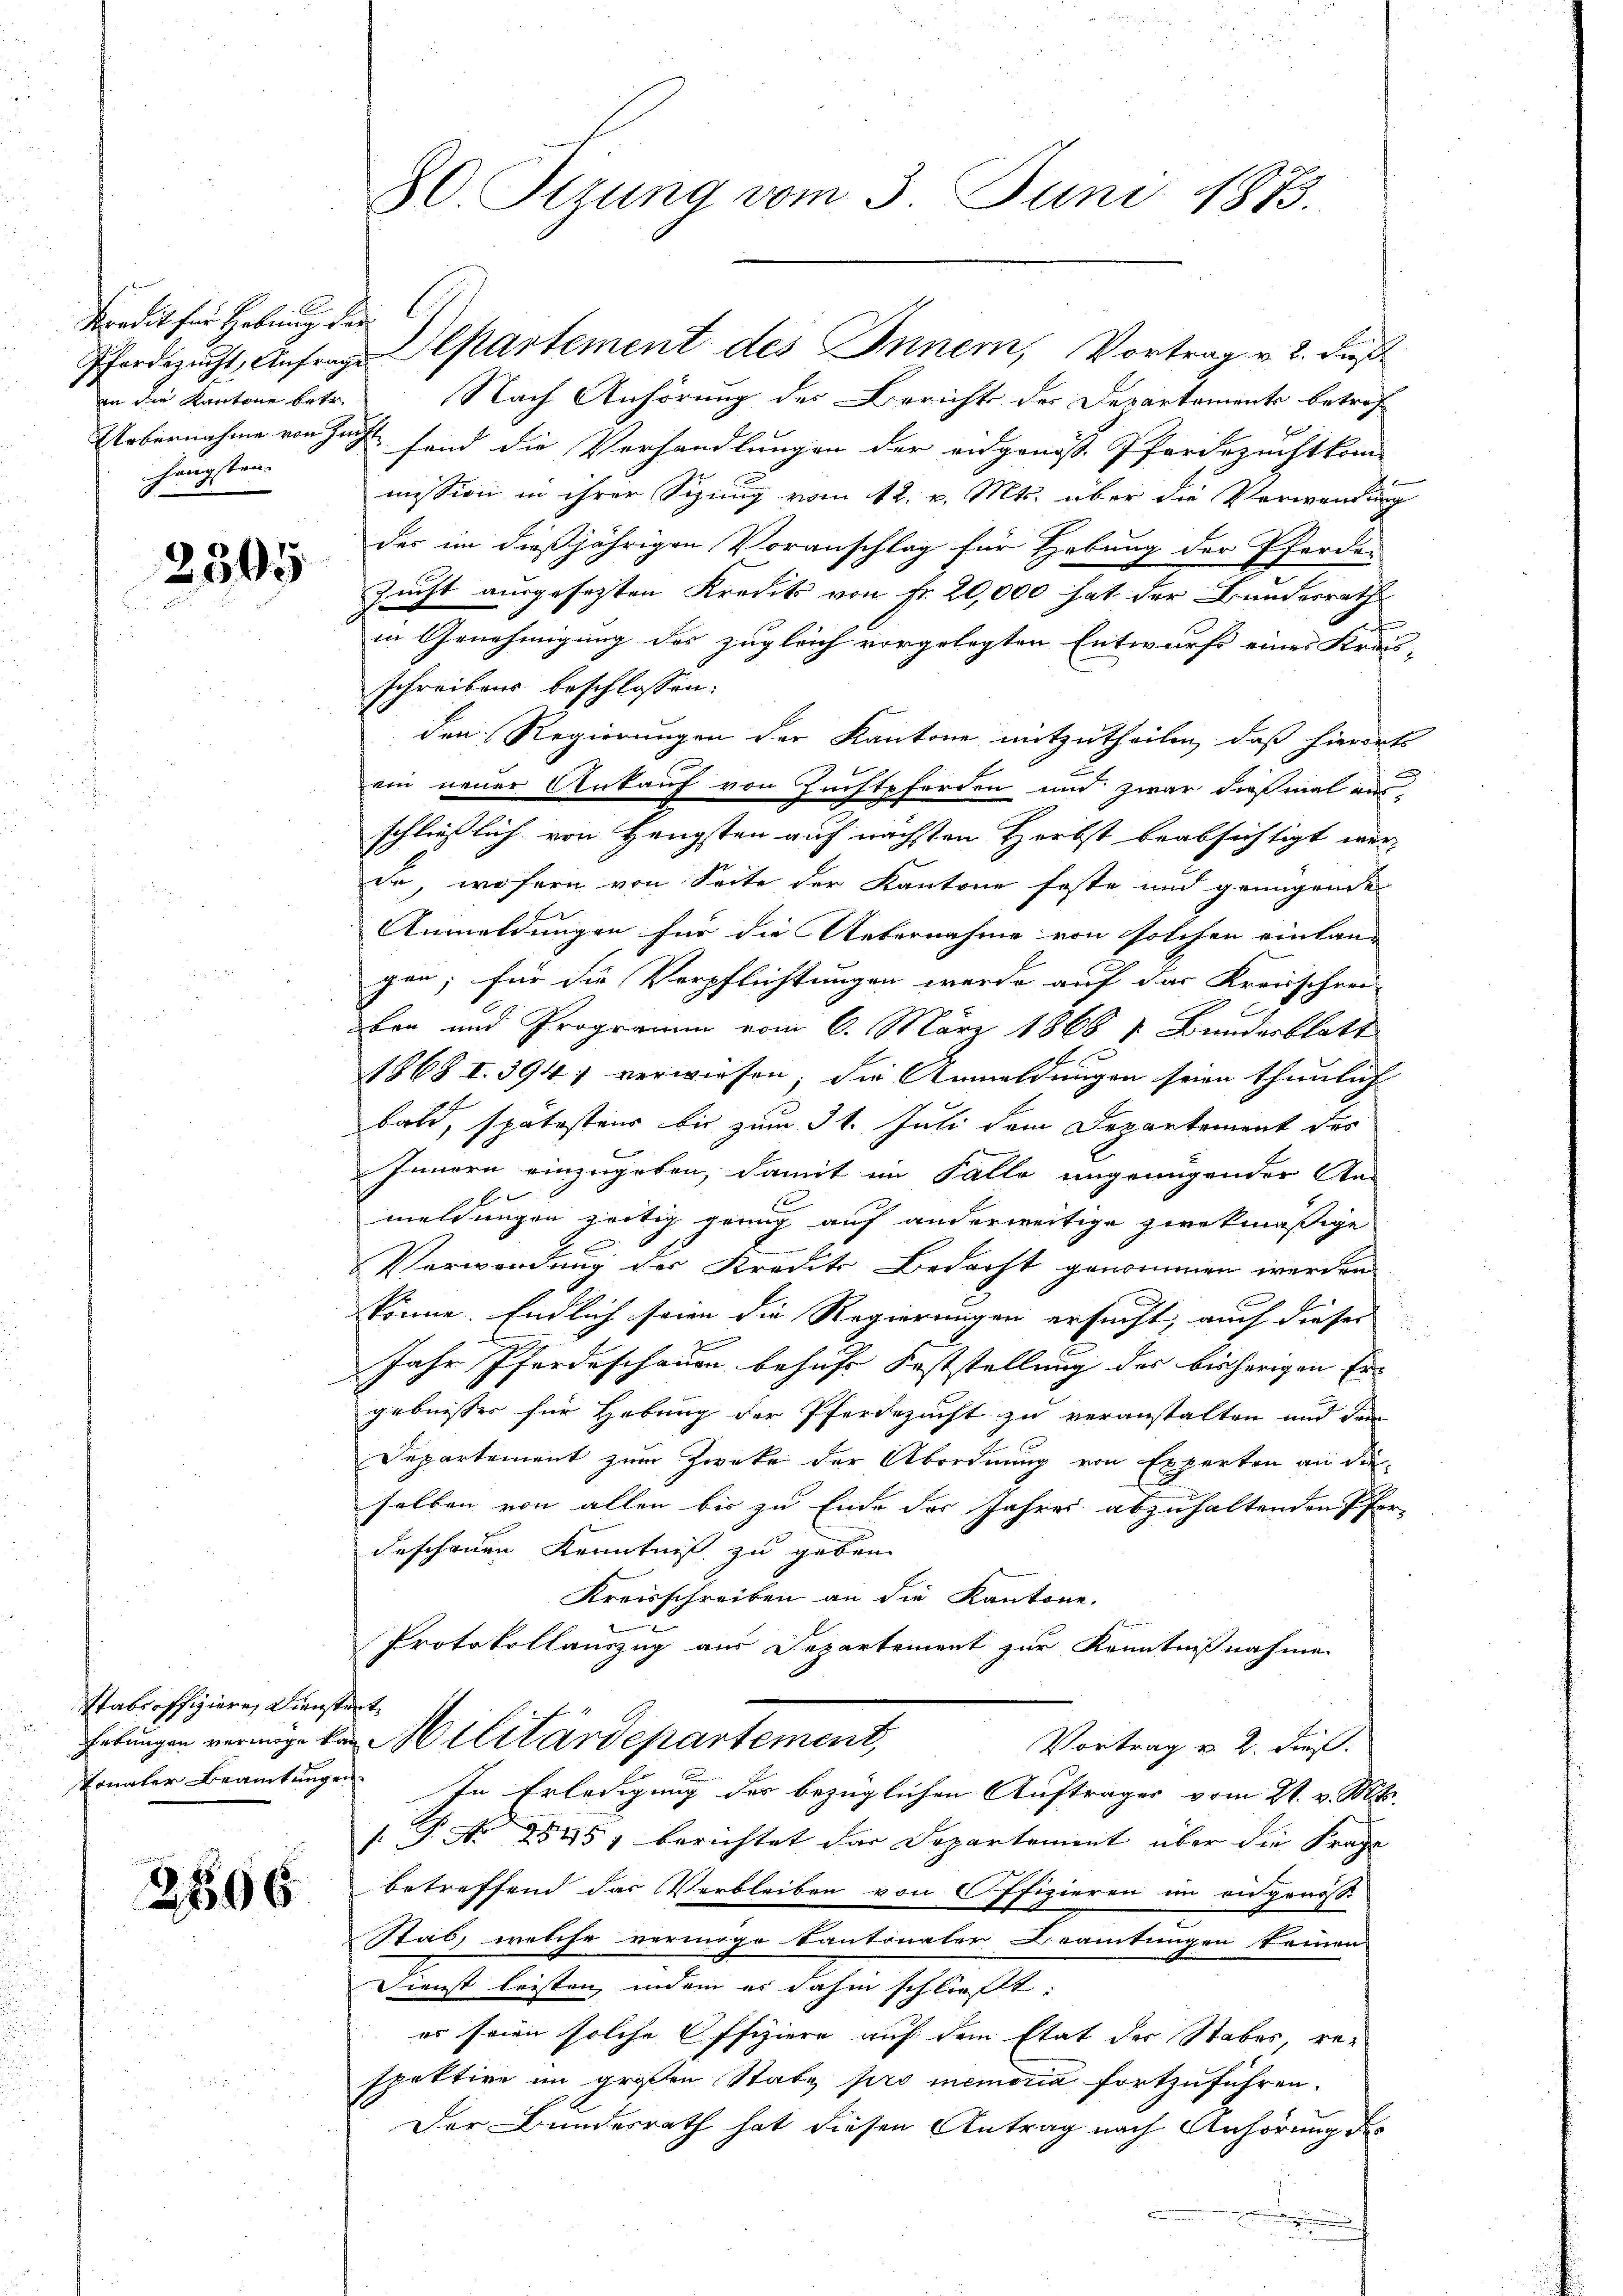
Kredit für Hebung der
hängsten.

2505

Stabsoffizieren Dien
Ertungen vermöge t
tonaler Beamtung.

2506

80. Sezung vom 3. Juni 1873.

an die Kantone betr. Nach Anhörung der Berichte der Departemente betrof
H
Uebernahme von Zusch fand die Verhandlungen der angenosse Pferdezuchtkom-
mission in ihrer Sizung vom 12. v. Mts. über die Verwendung
des im dießjährigen Voranschlag für Hebung der Pferder
Zucht ausgesezten Kredits von Fr. 20,000 hat der Bundesrath
in Genehmigung des zugleich vorgelegten Entwurfs eines Kras-
schreibens beschlossen:
den Regierungen der Kantone mitzutheilen, daß hierort
ein neuer Ankauf von Zuchtpferden und zwar dießmal aus-
schließlich von Hengsten auf nächsten Herbst beabsichtigt werde, wofern von Seite der Kantone feste und genügende
Anmeldungen für die Uebernahme von solchen einlang
gen; für die Verpflichtungen werde auf das Kreisschrei-
ben und Programm vom 6. März 1868 7 Bundesblatt
E
1868 I. 394 verwiesen; die Anmeldungen seien thunlich
bald, spätestens bis zum 31. Juli dem Departement des
Innern einzugeben, damit im Falle ungenügender An-
meldungen zeitig grung auf anderweitige zwekmäßige
Verwendung der Kredite Bedacht genommen werden.
könne. Endlich seien die Regierungen ersucht, auch dieser |
n
Jahr Pferdeschauen behufs Feststellung des bisherigen Ergebnisses für Hebung der Pferdezucht zu veranstalten und den
Departement zum Zweke der Abordnung von Experten an die
selben von allen bis zu Ende des Jahres abzuhaltenden Pfer-
deschenen Kenntniß zu geben.
Kreisschreiben an die Kantone.
Protokollauszug aus Departement zur Kenntnißnahme
t
 Militärdepartement
Vortrag v. 2. dieß.
auf
In Erledigung der bezüglichen Auftrages vom 21. v. Mts.
[. P. Nr. 1545) berichtet der Departement über die Frage
betreffend das Verbleiben von Offizieren im angenöss
Stab, welche vermöge kantonaler Beamtungen keinen
Dienst leisten, indem er dahin schließt:
er seien solche Offiziere auf dem Etat der Stabes, respattire im großen Stabe pro memoria fortzuführen.
Der Bundesrath hat diesen Antrag nach Anhörung des

Pferdezucht, Anfrage Departement des Inner, Vortrag v. 2. Fuß